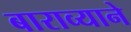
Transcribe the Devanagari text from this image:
बाराव्याने